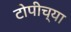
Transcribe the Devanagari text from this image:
टोपीच्या